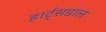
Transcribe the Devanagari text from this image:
हार्ट्‌सडाल